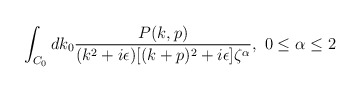
\begin{align*}\int_{C_0} dk_0{P(k,p)\over(k^2+i\epsilon)[(k+p)^2+i\epsilon]\zeta^\alpha},\ 0\leq\alpha\leq2\end{align*}